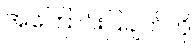
အကြောင်းပြချက်ကို